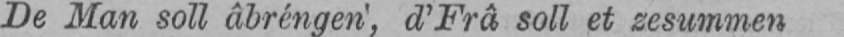
De Man soll âbréngen’, d’Frâ soll et zesummen